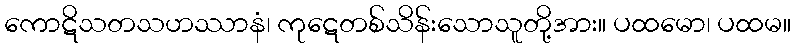
ကောဋိသတသဟဿာနံ၊ ကုဋေတစ်သိန်းသောသူတို့အား။ ပထမော၊ ပထမ။